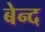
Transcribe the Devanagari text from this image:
बेन्द